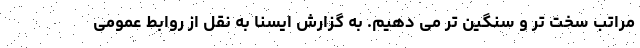
مراتب سخت تر و سنگین تر می دهیم. به گزارش ایسنا به نقل از روابط عمومی